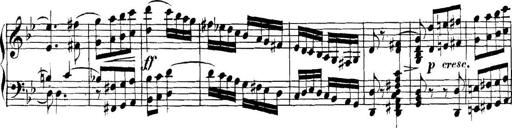
Title: Collected Piano Sonatas
Composer: Muzio Clementi